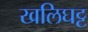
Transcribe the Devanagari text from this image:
खलिघट्ट